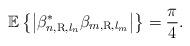
LaTeX: \begin{align*} {\mathbb E}\left\{ {\left| {\beta _{n,{\rm{R}},{l_n}}^*{\beta _{m,{\rm{R}},{l_m}}}} \right|} \right\} = \frac{\pi}{4}.\end{align*}